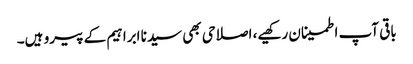
باقی آپ اطمینان رکھیے، اصلاحی بھی سیدنا ابراہیم کے پیرو ہیں۔